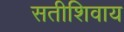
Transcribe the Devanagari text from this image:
सतीशिवाय